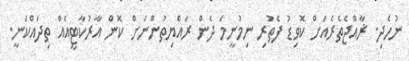
ނުހެދި. ޜާއްޖެތެރެއަށް ކޮވިޑު ފެތުރި ނިމުނީމަ ދެން ރައްޔިތުންނަށް ކޮން އާރުކާޓީއެއް ތިދައްކަނީ.